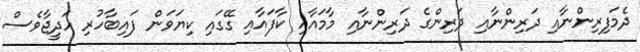
ދެމަފިރިންނާއި ދަރިންނާއި ދަރިންގެ ދަރިންނާއި މާމައާއި ކާފައާއި ގޭގައި ކިޔަވަން ފައިބާހުރި ހަދީޖާވެސް